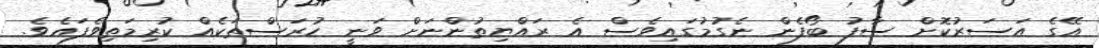
އޭގެ އަސަރުކޮށް ސާފު ބޯފެން ނެގުމުގައިވެސް އެ ރައްޔިތުންނަށް ވަނީ ހުރަސްތަކެއް ކުރިމަތިވެފައެވެ.